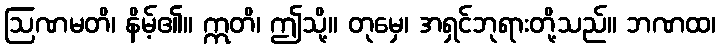
ဩဏမတိ၊ နိမ့်၏။ ဣတိ၊ ဤသို့။ တုမှေ၊ အရှင်ဘုရားတို့သည်။ ဘဏထ၊